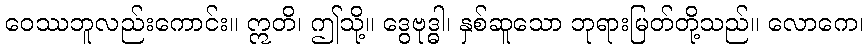
ဝေဿဘူလည်းကောင်း။ ဣတိ၊ ဤသို့။ ဒွေဗုဒ္ဓါ၊ နှစ်ဆူသော ဘုရားမြတ်တို့သည်။ လောကေ၊